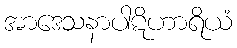
အာဒေသနာပါဋိဟာရိယံ